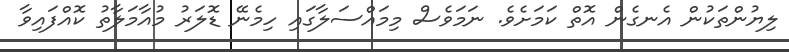
ލިޔުންތަކުން އެނގެން އޮތް ކަމަށެވެ. ނަމަވެސް މިމައްސަލާގައި ހިމެނޭ ޑޮލަރު މުއާމަލާތު ކޮއްފައިވާ